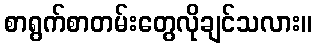
စာရွက်စာတမ်းတွေလိုချင်သလား။